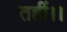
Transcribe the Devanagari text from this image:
तहीं।।